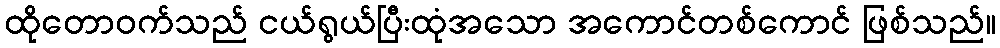
ထိုတောဝက်သည် ငယ်ရွယ်ပြီးထုံအသော အကောင်တစ်ကောင် ဖြစ်သည်။